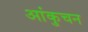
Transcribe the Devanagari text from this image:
आंकुचन